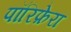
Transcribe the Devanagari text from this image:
पॉरिफ़ेरा